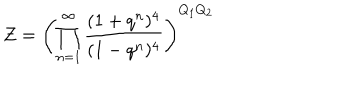
Z = \left( \prod _ { n = 1 } ^ { \infty } \frac { ( 1 + q ^ { n } ) ^ { 4 } } { ( 1 - q ^ { n } ) ^ { 4 } } \right) ^ { Q _ { 1 } Q _ { 2 } }